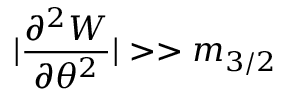
| \frac { \partial ^ { 2 } W } { \partial \theta ^ { 2 } } | > > m _ { 3 / 2 }